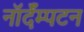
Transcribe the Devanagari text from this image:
नॉर्दॅम्पटन